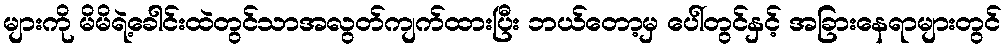
များကို မိမိရဲ့ခေါင်းထဲတွင်သာအလွတ်ကျက်ထားပြီး ဘယ်တော့မှ ပေါ်တွင်နှင့် အခြားနေရာများတွင်